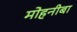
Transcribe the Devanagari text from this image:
मोहनीबा